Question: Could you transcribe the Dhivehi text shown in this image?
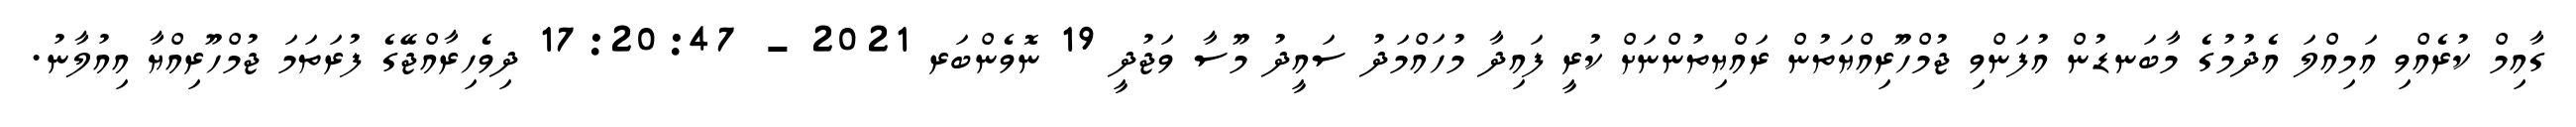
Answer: ގާއިމް ކުރެއްވި އަމިއްލަ އެދުމުގެ މާބަނޑުން އުފަންވި ޖުމްހޫރިއްޔަތުން ރައްޔިތުންނަށް ކުރީ ފައިދާ މުހައްމަދު ސައީދު މޫސާ ވަޖުދީ 19 ނޮވެންބަރ 2021 - 17:20:47 ދިވެހިރާއްޖޭގެ ފުރަތަމަ ޖުމްހޫރިއްޔާ އިއުލާނު.